65_HS1-834228961_62-HQ-83894_Serial_130
Agency: FBI
Page 32
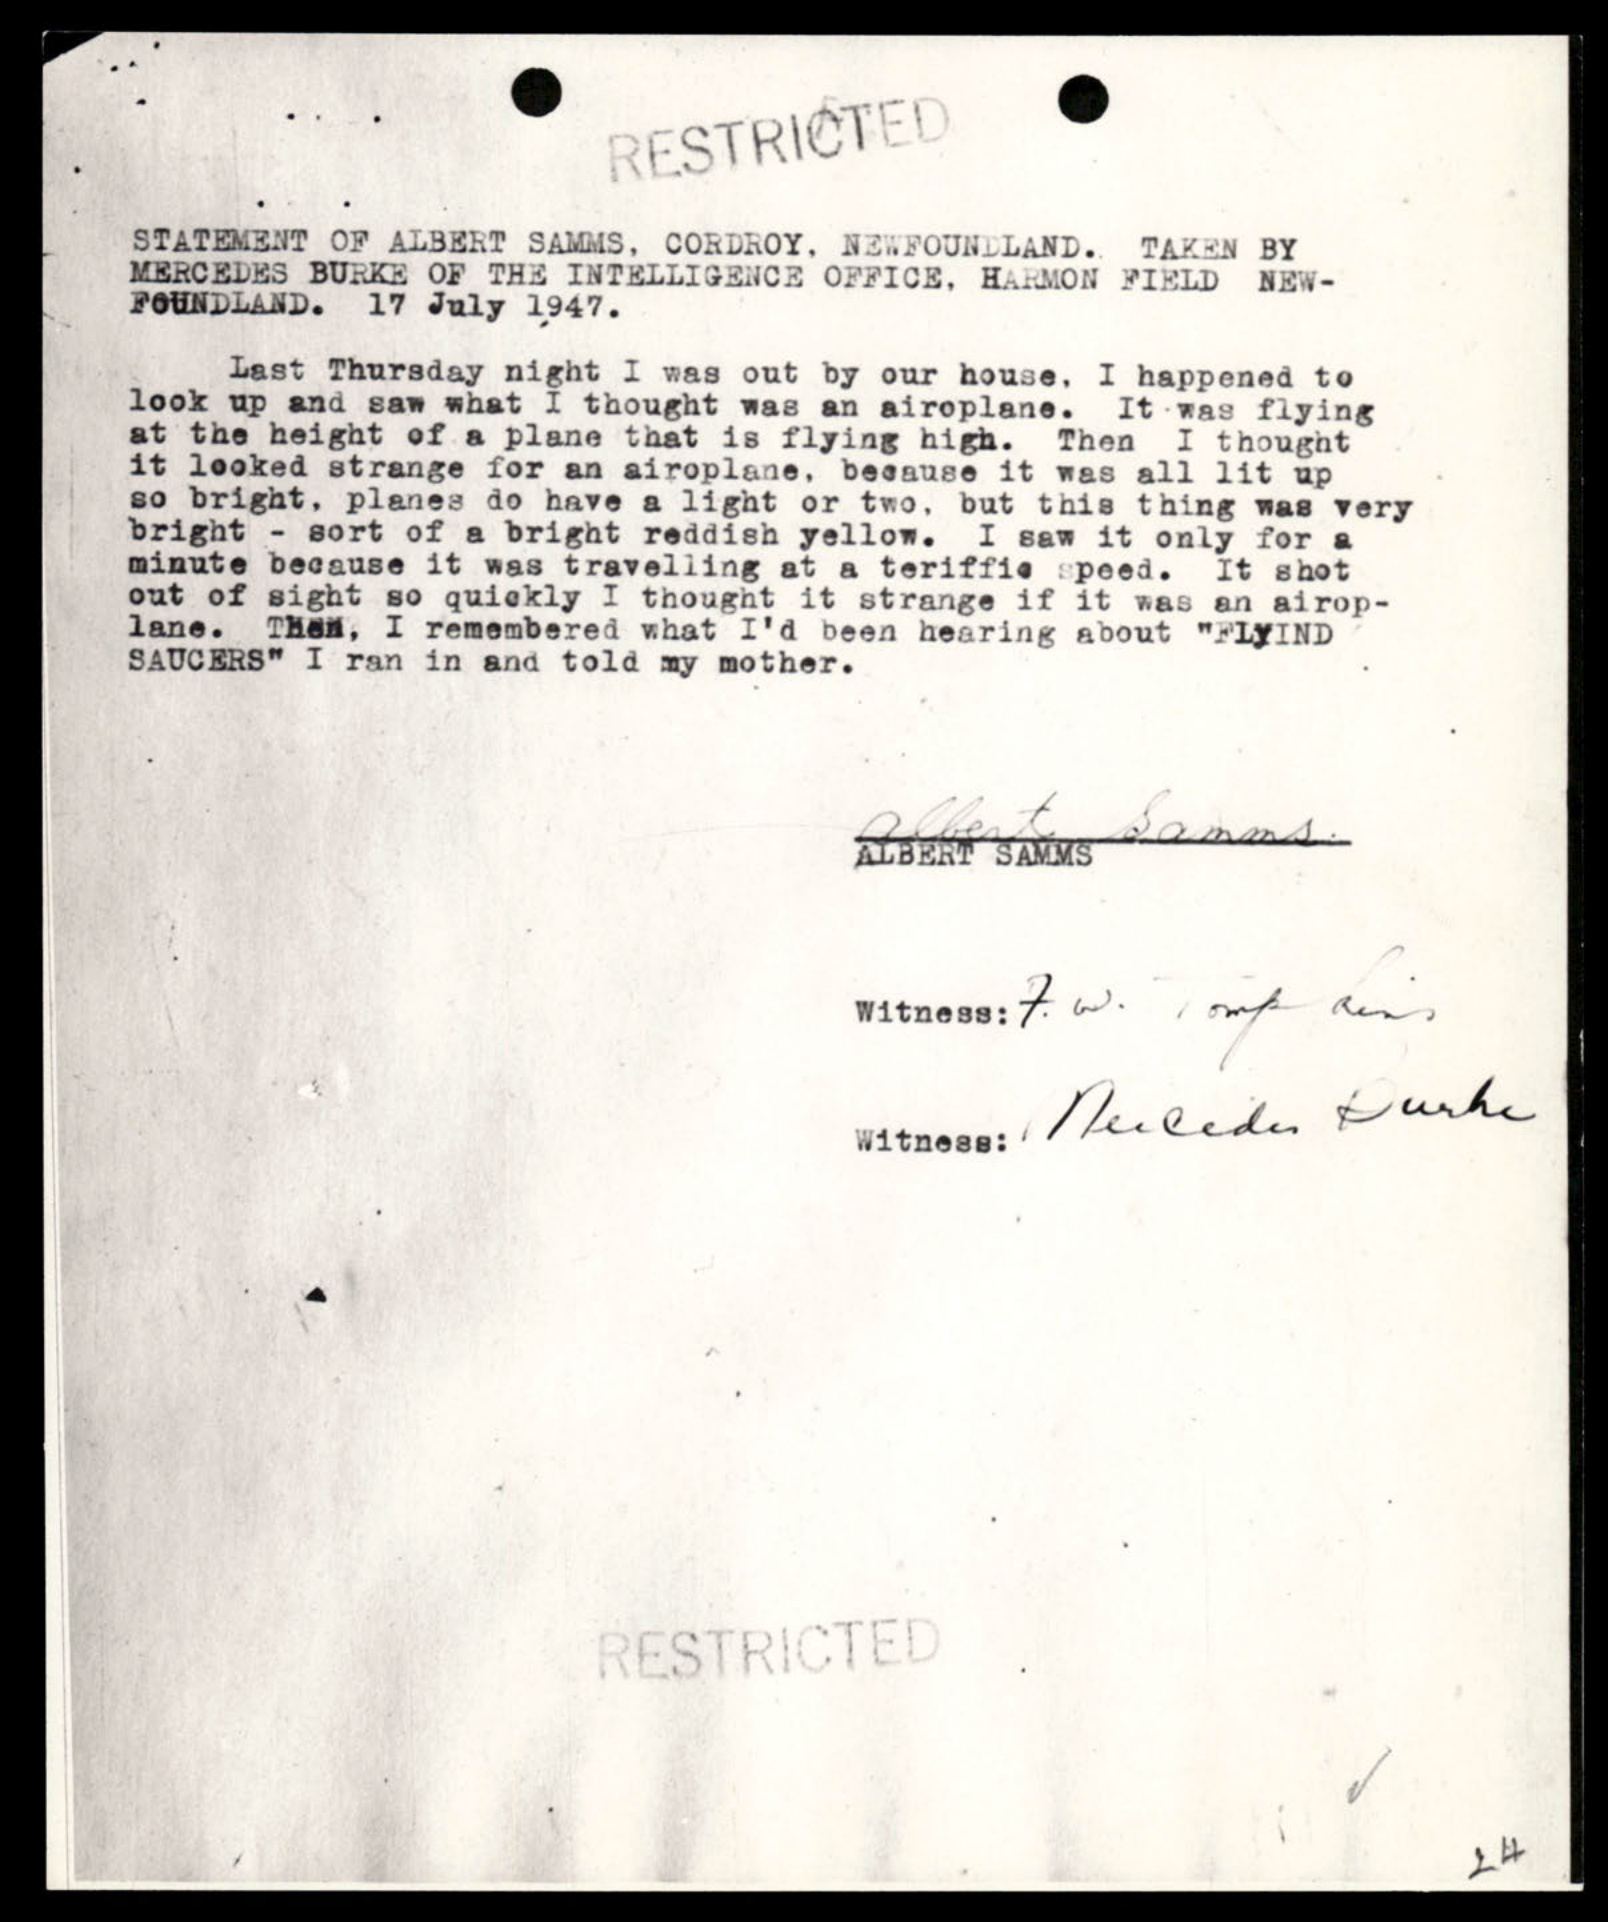